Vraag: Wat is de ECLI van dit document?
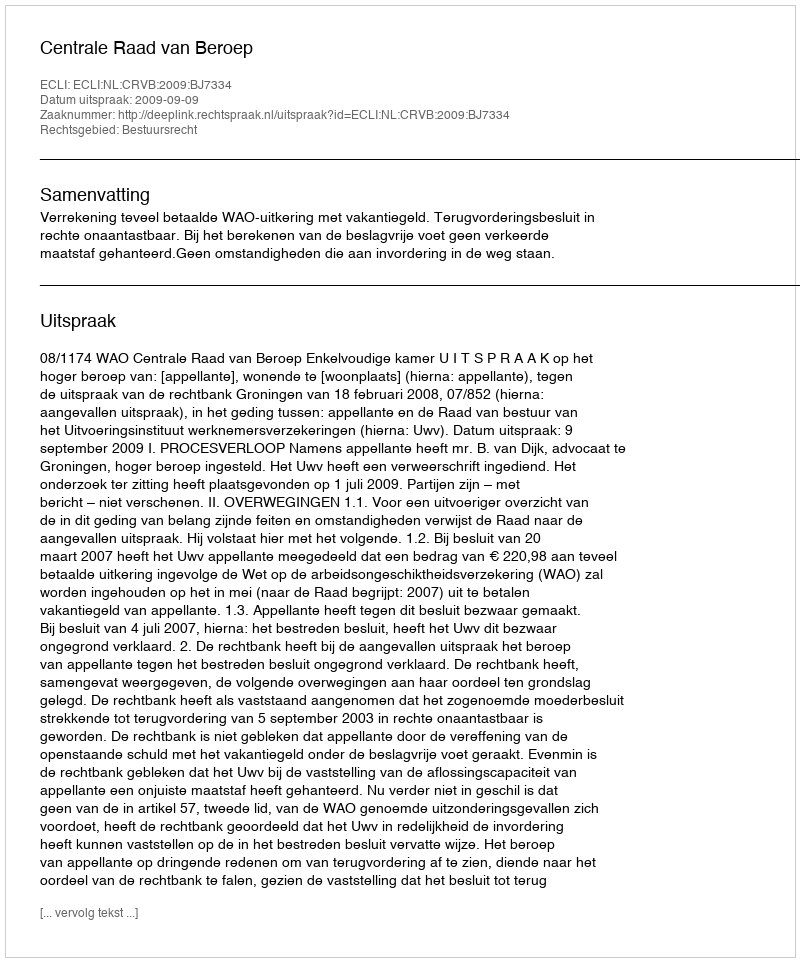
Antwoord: ECLI:NL:CRVB:2009:BJ7334